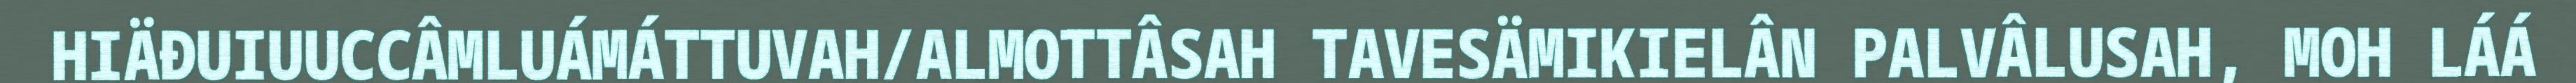
HIÄĐUIUUCCÂMLUÁMÁTTUVAH/ALMOTTÂSAH TAVESÄMIKIELÂN PALVÂLUSAH, MOH LÁÁ